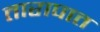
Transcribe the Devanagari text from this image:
तारापात